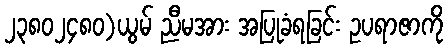
၂၃၈၀၂၄၈၀)ယွမ် ညီမအား အပြုခံရခြင်း ဥပရာဇာကို